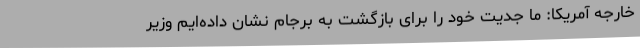
خارجه آمریکا: ما جدیت خود را برای بازگشت به برجام نشان داده‌ایم وزیر